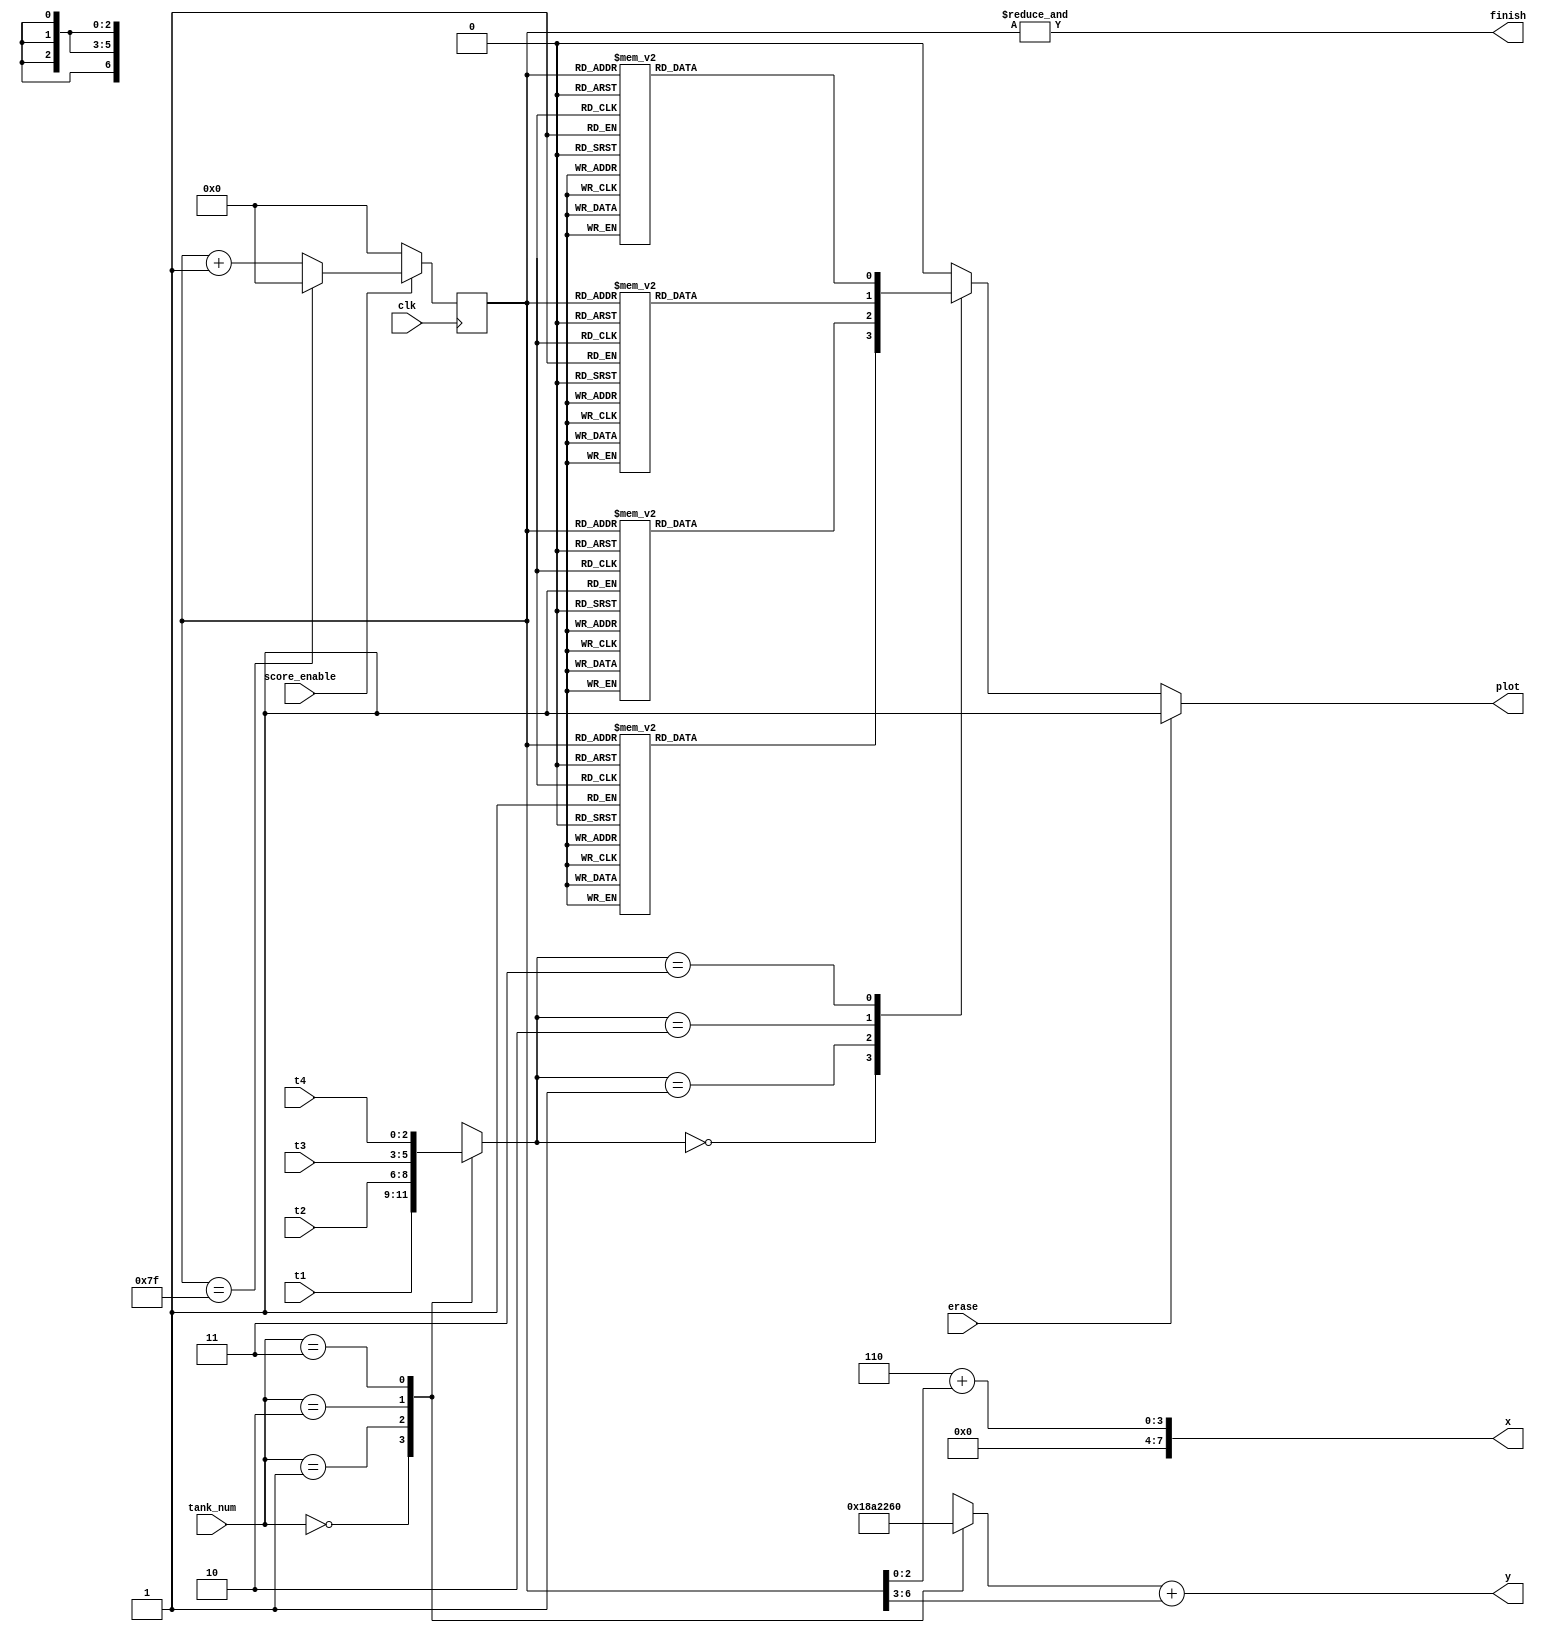
module draw_score(clk,score_enable,t1,t2,t3,t4,tank_num,erase,x,y,plot,finish);
	input clk,score_enable;
	input [2:0] t1,t2,t3,t4;
	input [1:0] tank_num;
	input erase;
	output [7:0] x;
	output [6:0] y;
	output plot;
	output finish;
	reg [6:0] counter;
	reg [6:0] ypos;
	reg [2:0] score;
	reg [3:0] textSelect;
	reg tmp_plot;
	
	assign x = 3'd6 + counter[2:0];
	assign y = ypos + counter[6:3];
	assign plot = erase ? 1'b1 : tmp_plot;
	assign finish = &counter;
	
	always @(*)
	begin
		case(score)
			3'd0: tmp_plot = textSelect[0];
			3'd1: tmp_plot = textSelect[1];
			3'd2: tmp_plot = textSelect[2];
			3'd3: tmp_plot = textSelect[3];
			default: tmp_plot = 1'b0;
		endcase
	end
	
	always @(*)
	begin
		case(tank_num)
			2'd0: begin
				ypos = 7'd12;
				score = t1;
				end
			2'd1: begin
				ypos = 7'd40;
				score = t2;
				end
			2'd2: begin
				ypos = 7'd68;
				score = t3;
				end
			2'd3: begin
				ypos = 7'd96;
				score = t4;
				end
		endcase
	end
	
	always @(posedge clk)
	begin
		if(!score_enable)
			counter <= 7'd0;
		else if(counter==7'b1111111)
			counter <= 7'd0;
		else
			counter <= counter + 1'b1;
	end

always @(*)
begin
	case(counter)
		7'b0010001: textSelect[0] = 1'b1;
		7'b0010010: textSelect[0] = 1'b1;
		7'b0010011: textSelect[0] = 1'b1;
		7'b0010100: textSelect[0] = 1'b1;
		7'b0010101: textSelect[0] = 1'b1;
		7'b0011000: textSelect[0] = 1'b1;
		7'b0011001: textSelect[0] = 1'b1;
		7'b0011101: textSelect[0] = 1'b1;
		7'b0011110: textSelect[0] = 1'b1;
		7'b0100000: textSelect[0] = 1'b1;
		7'b0100001: textSelect[0] = 1'b1;
		7'b0100101: textSelect[0] = 1'b1;
		7'b0100110: textSelect[0] = 1'b1;
		7'b0101000: textSelect[0] = 1'b1;
		7'b0101001: textSelect[0] = 1'b1;
		7'b0101100: textSelect[0] = 1'b1;
		7'b0101101: textSelect[0] = 1'b1;
		7'b0101110: textSelect[0] = 1'b1;
		7'b0110000: textSelect[0] = 1'b1;
		7'b0110001: textSelect[0] = 1'b1;
		7'b0110011: textSelect[0] = 1'b1;
		7'b0110100: textSelect[0] = 1'b1;
		7'b0110101: textSelect[0] = 1'b1;
		7'b0110110: textSelect[0] = 1'b1;
		7'b0111000: textSelect[0] = 1'b1;
		7'b0111001: textSelect[0] = 1'b1;
		7'b0111010: textSelect[0] = 1'b1;
		7'b0111011: textSelect[0] = 1'b1;
		7'b0111101: textSelect[0] = 1'b1;
		7'b0111110: textSelect[0] = 1'b1;
		7'b1000000: textSelect[0] = 1'b1;
		7'b1000001: textSelect[0] = 1'b1;
		7'b1000010: textSelect[0] = 1'b1;
		7'b1000101: textSelect[0] = 1'b1;
		7'b1000110: textSelect[0] = 1'b1;
		7'b1001000: textSelect[0] = 1'b1;
		7'b1001001: textSelect[0] = 1'b1;
		7'b1001101: textSelect[0] = 1'b1;
		7'b1001110: textSelect[0] = 1'b1;
		7'b1010000: textSelect[0] = 1'b1;
		7'b1010001: textSelect[0] = 1'b1;
		7'b1010101: textSelect[0] = 1'b1;
		7'b1010110: textSelect[0] = 1'b1;
		7'b1011001: textSelect[0] = 1'b1;
		7'b1011010: textSelect[0] = 1'b1;
		7'b1011011: textSelect[0] = 1'b1;
		7'b1011100: textSelect[0] = 1'b1;
		7'b1011101: textSelect[0] = 1'b1;
	default: textSelect[0] = 1'b0;
	endcase
end

always @(*)
begin
	case(counter)
		7'b0010011: textSelect[1] = 1'b1;
		7'b0010100: textSelect[1] = 1'b1;
		7'b0011010: textSelect[1] = 1'b1;
		7'b0011011: textSelect[1] = 1'b1;
		7'b0011100: textSelect[1] = 1'b1;
		7'b0100001: textSelect[1] = 1'b1;
		7'b0100010: textSelect[1] = 1'b1;
		7'b0100011: textSelect[1] = 1'b1;
		7'b0100100: textSelect[1] = 1'b1;
		7'b0101011: textSelect[1] = 1'b1;
		7'b0101100: textSelect[1] = 1'b1;
		7'b0110011: textSelect[1] = 1'b1;
		7'b0110100: textSelect[1] = 1'b1;
		7'b0111011: textSelect[1] = 1'b1;
		7'b0111100: textSelect[1] = 1'b1;
		7'b1000011: textSelect[1] = 1'b1;
		7'b1000100: textSelect[1] = 1'b1;
		7'b1001011: textSelect[1] = 1'b1;
		7'b1001100: textSelect[1] = 1'b1;
		7'b1010011: textSelect[1] = 1'b1;
		7'b1010100: textSelect[1] = 1'b1;
		7'b1011001: textSelect[1] = 1'b1;
		7'b1011010: textSelect[1] = 1'b1;
		7'b1011011: textSelect[1] = 1'b1;
		7'b1011100: textSelect[1] = 1'b1;
		7'b1011101: textSelect[1] = 1'b1;
		7'b1011110: textSelect[1] = 1'b1;
		default: textSelect[1] = 1'b0;
	endcase
end

always @(*)
begin
	case(counter)
		7'b0010001: textSelect[2] = 1'b1;
		7'b0010010: textSelect[2] = 1'b1;
		7'b0010011: textSelect[2] = 1'b1;
		7'b0010100: textSelect[2] = 1'b1;
		7'b0010101: textSelect[2] = 1'b1;
		7'b0011000: textSelect[2] = 1'b1;
		7'b0011001: textSelect[2] = 1'b1;
		7'b0011101: textSelect[2] = 1'b1;
		7'b0011110: textSelect[2] = 1'b1;
		7'b0100101: textSelect[2] = 1'b1;
		7'b0100110: textSelect[2] = 1'b1;
		7'b0101100: textSelect[2] = 1'b1;
		7'b0101101: textSelect[2] = 1'b1;
		7'b0110011: textSelect[2] = 1'b1;
		7'b0110100: textSelect[2] = 1'b1;
		7'b0111010: textSelect[2] = 1'b1;
		7'b0111011: textSelect[2] = 1'b1;
		7'b1000001: textSelect[2] = 1'b1;
		7'b1000010: textSelect[2] = 1'b1;
		7'b1001000: textSelect[2] = 1'b1;
		7'b1001001: textSelect[2] = 1'b1;
		7'b1010000: textSelect[2] = 1'b1;
		7'b1010001: textSelect[2] = 1'b1;
		7'b1010101: textSelect[2] = 1'b1;
		7'b1010110: textSelect[2] = 1'b1;
		7'b1011000: textSelect[2] = 1'b1;
		7'b1011001: textSelect[2] = 1'b1;
		7'b1011010: textSelect[2] = 1'b1;
		7'b1011011: textSelect[2] = 1'b1;
		7'b1011100: textSelect[2] = 1'b1;
		7'b1011101: textSelect[2] = 1'b1;
		7'b1011110: textSelect[2] = 1'b1;
		default: textSelect[2] = 1'b0;
	endcase
end

always @(*)
begin
	case(counter)
		7'b0010001: textSelect[3] = 1'b1;
		7'b0010010: textSelect[3] = 1'b1;
		7'b0010011: textSelect[3] = 1'b1;
		7'b0010100: textSelect[3] = 1'b1;
		7'b0010101: textSelect[3] = 1'b1;
		7'b0011000: textSelect[3] = 1'b1;
		7'b0011001: textSelect[3] = 1'b1;
		7'b0011101: textSelect[3] = 1'b1;
		7'b0011110: textSelect[3] = 1'b1;
		7'b0100101: textSelect[3] = 1'b1;
		7'b0100110: textSelect[3] = 1'b1;
		7'b0101101: textSelect[3] = 1'b1;
		7'b0101110: textSelect[3] = 1'b1;
		7'b0110010: textSelect[3] = 1'b1;
		7'b0110011: textSelect[3] = 1'b1;
		7'b0110100: textSelect[3] = 1'b1;
		7'b0110101: textSelect[3] = 1'b1;
		7'b0111101: textSelect[3] = 1'b1;
		7'b0111110: textSelect[3] = 1'b1;
		7'b1000101: textSelect[3] = 1'b1;
		7'b1000110: textSelect[3] = 1'b1;
		7'b1001101: textSelect[3] = 1'b1;
		7'b1001110: textSelect[3] = 1'b1;
		7'b1010000: textSelect[3] = 1'b1;
		7'b1010001: textSelect[3] = 1'b1;
		7'b1010101: textSelect[3] = 1'b1;
		7'b1010110: textSelect[3] = 1'b1;
		7'b1011001: textSelect[3] = 1'b1;
		7'b1011010: textSelect[3] = 1'b1;
		7'b1011011: textSelect[3] = 1'b1;
		7'b1011100: textSelect[3] = 1'b1;
		7'b1011101: textSelect[3] = 1'b1;
		default: textSelect[3] = 1'b0;
	endcase
end
endmodule